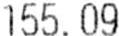
155.09